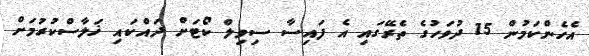
އެހެންކަމުން 15 ދުވަހުގެ ތެރޭގައި އެ ފައިސާ ސިވިލް ކޯޓަށް ދައްކައި ޚަލާސްކުރުމަށް